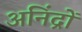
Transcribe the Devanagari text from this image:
अनिंद्रों